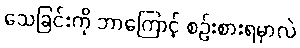
သေခြင်းကို ဘာကြောင့် စဉ်းစားရမှာလဲ